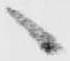
へ